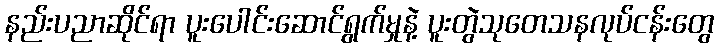
နည်းပညာဆိုင်ရာ ပူးပေါင်းဆောင်ရွက်မှုနဲ့ ပူးတွဲသုတေသနလုပ်ငန်းတွေ